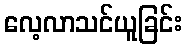
လေ့လာသင်ယူခြင်း